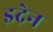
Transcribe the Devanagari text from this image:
इद्रेन